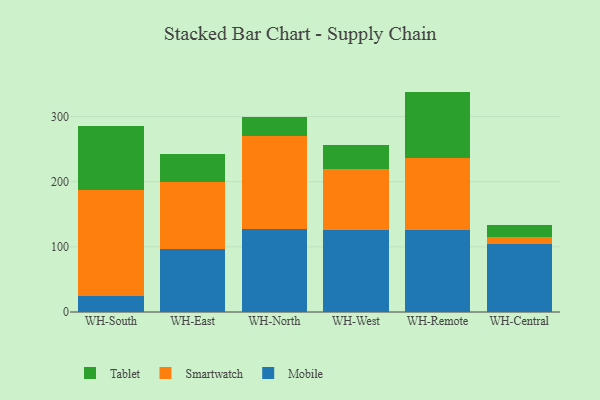
{"axis": {"x": "Warehouse", "y": "Humidity (%)"}, "legend": ["Mobile", "Smartwatch", "Tablet"], "data": [{"x": "WH-South", "y": 24.3, "type": "Mobile"}, {"x": "WH-South", "y": 163.4, "type": "Smartwatch"}, {"x": "WH-South", "y": 97.7, "type": "Tablet"}, {"x": "WH-East", "y": 96.1, "type": "Mobile"}, {"x": "WH-East", "y": 103.9, "type": "Smartwatch"}, {"x": "WH-East", "y": 42.4, "type": "Tablet"}, {"x": "WH-North", "y": 126.7, "type": "Mobile"}, {"x": "WH-North", "y": 144.0, "type": "Smartwatch"}, {"x": "WH-North", "y": 29.3, "type": "Tablet"}, {"x": "WH-West", "y": 125.6, "type": "Mobile"}, {"x": "WH-West", "y": 93.8, "type": "Smartwatch"}, {"x": "WH-West", "y": 37.4, "type": "Tablet"}, {"x": "WH-Remote", "y": 125.3, "type": "Mobile"}, {"x": "WH-Remote", "y": 110.4, "type": "Smartwatch"}, {"x": "WH-Remote", "y": 102.6, "type": "Tablet"}, {"x": "WH-Central", "y": 103.9, "type": "Mobile"}, {"x": "WH-Central", "y": 11.3, "type": "Smartwatch"}, {"x": "WH-Central", "y": 18.0, "type": "Tablet"}]}